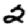
Digit: 2